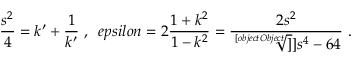
\frac { s ^ { 2 } } { 4 } = k ^ { \prime } + \frac { 1 } { k ^ { \prime } } \ , \ \, e p s i l o n = 2 \frac { 1 + k ^ { 2 } } { 1 - k ^ { 2 } } = \frac { 2 s ^ { 2 } } { \sqrt [ [object Object] ] ] { s ^ { 4 } - 6 4 } } \ .